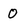
Character: 0